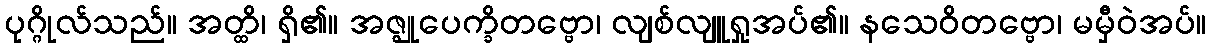
ပုဂ္ဂိုလ်သည်။ အတ္ထိ၊ ရှိ၏။ အဇ္ဈုပေက္ခိတဗ္ဗော၊ လျစ်လျူရှုအပ်၏။ နသေဝိတဗ္ဗော၊ မမှီဝဲအပ်။